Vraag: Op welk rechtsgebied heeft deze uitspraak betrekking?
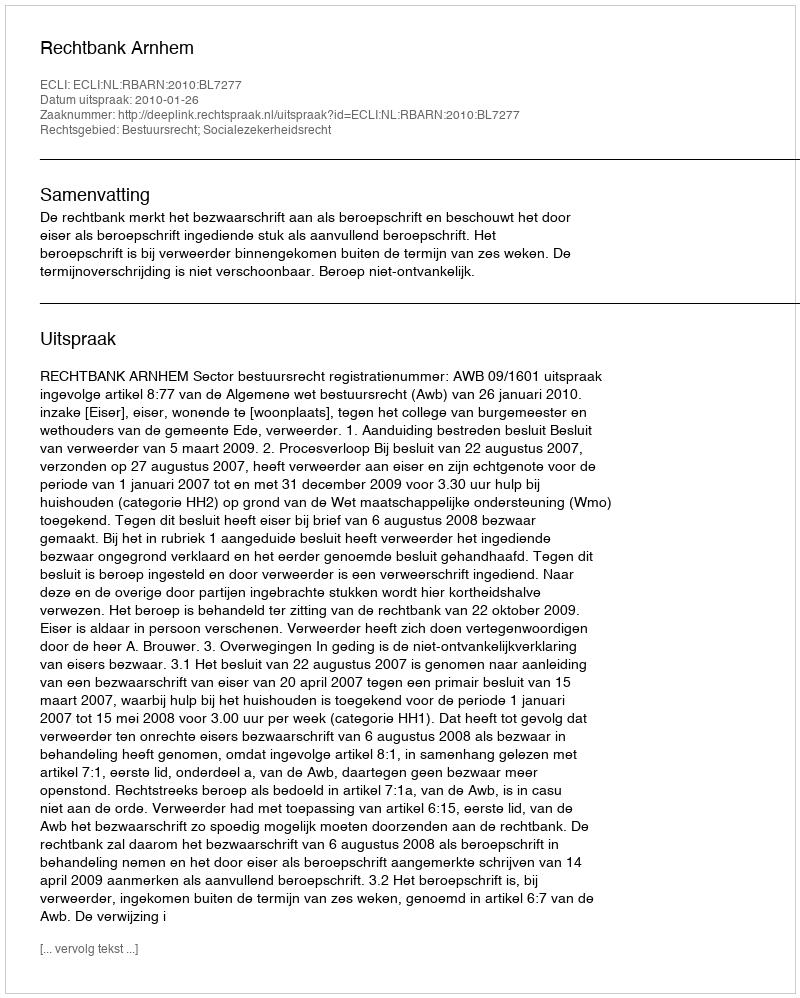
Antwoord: Bestuursrecht; Socialezekerheidsrecht